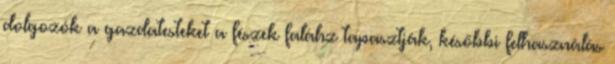
dolgozók a gazdatesteket a fészek faláhz tapasztják, későbbi felhasználás